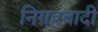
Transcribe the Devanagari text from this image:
निग्रहवादी